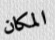
المكان